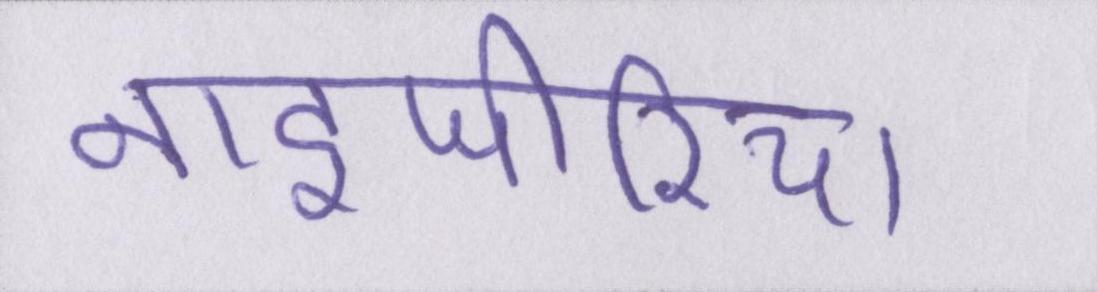
नाइजीरिया